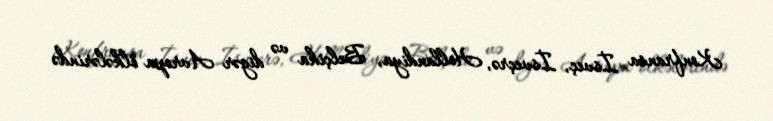
Konfransa İsveç, İsveçrə, Hollandiya, Belçika və digər Avropa ölkələrində